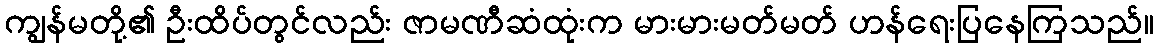
ကျွန်မတို့၏ ဦးထိပ်တွင်လည်း ဇာမဏီဆံထုံးက မားမားမတ်မတ် ဟန်ရေးပြနေကြသည်။